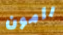
رامون